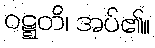
ဝဋ္ဋတိ၊ အပ်၏။